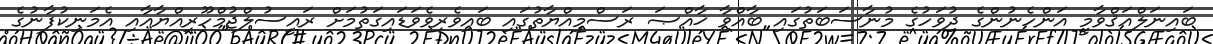
ބައިނަލްއަޤްވާމީ އަންހެނުންގެ ދުވަހުގެ މުނާސަބަތުގައި ބާއްވާ ޚާއްޞަ ރަސްމިއްޔާތުގައި ބައިވެރިވެވަޑައިގަތުމަށް ރައީސުލްޖުމްހޫރިއްޔާއާއި އެމަނިކުފާނުގެ